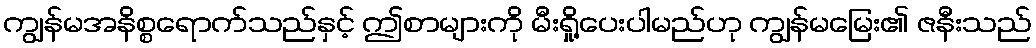
ကျွန်မအနိစ္စရောက်သည်နှင့် ဤစာများကို မီးရှို့ပေးပါမည်ဟု ကျွန်မမြေး၏ ဇနီးသည်